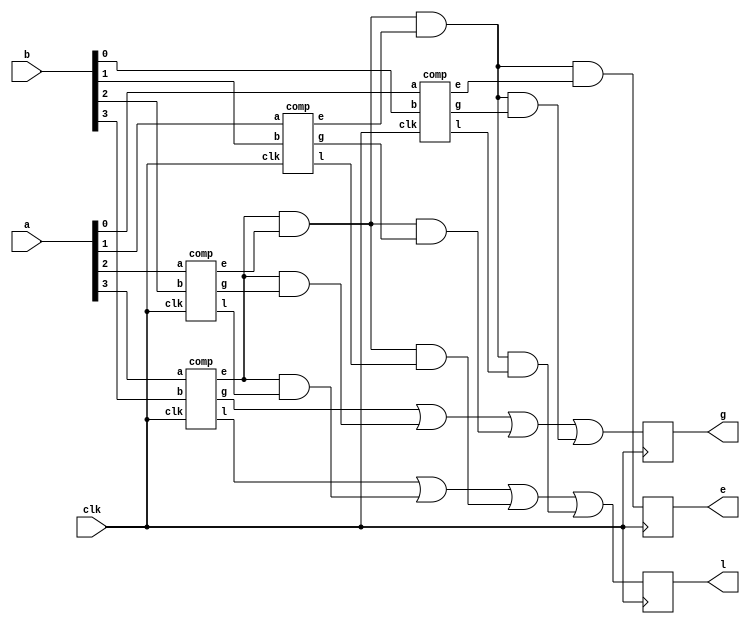
module comp4(a,b,clk,g,e,l);
	input [3:0] a,b;
	input clk;
	output reg g,e,l;
	wire g1,g2,g3,g4,e1,e2,e3,e4,gl1,l2,l3,l4;

	initial begin g<=0;e=1;l=0; end

	comp t1(a[0],b[0],clk,g1,e1,l1);
	comp t2(a[1],b[1],clk,g2,e2,l2);
	comp t3(a[2],b[2],clk,g3,e3,l3);
	comp t4(a[3],b[3],clk,g4,e4,l4);

	always @(posedge(clk))
	begin
		g<=g4|(e4&g3)|(e4&e3&g2)|(e4&e3&e2&g1);
		l<=l4|(e4&l3)|(e4&e3&l2)|(e4&e3&e2&l1);
		e<=(e4&e3&e2&e1);	
	end
endmodule

module comp(a,b,clk,g,e,l);
	input a,b;
	input clk;
	output reg g,e,l;

	always @(posedge(clk))
	begin
		g<=(a)&(~b);
		e<=(a&b)|((~a)&(~b));
		l<=(~a&b);
	end
endmodule

module stimulus();
	reg [3:0] a,b;
	reg clk;
	wire g,e,l;

	comp4 tester(a,b,clk,g,e,l);

	initial begin
		$dumpfile("comp4.vcd");
		$dumpvars;

	end

	initial begin
		clk=1'b0;
	end
	always
	begin
		#5 clk=~clk;
	end

	initial begin
		a=4'b0000;
		b=4'b0001;
		

		#5 a=4'b0010;b=4'b0011;

		#20 b=4'b0100;a=4'b0111;

		#40 a=4'b0000;b=4'b1111;

		#60 a=4'b0001;b=4'b0001;
		#20 $finish;
	end
	endmodule